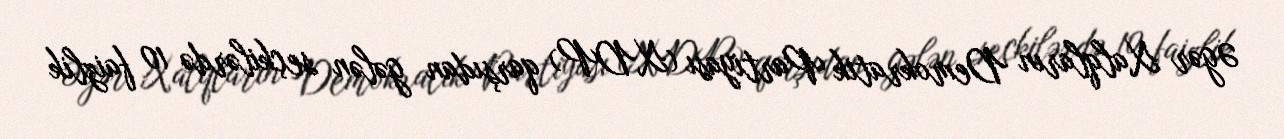
Əgər Xalqların Demokratik Partiyası (XDP) qarşıdan gələn seçkilərdə 10 faizlik